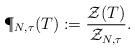
LaTeX: \begin{align*}\P_{N,\tau}(T):=\frac{\mathcal{Z}(T)}{\mathcal{Z}_{N,\tau}}. \end{align*}